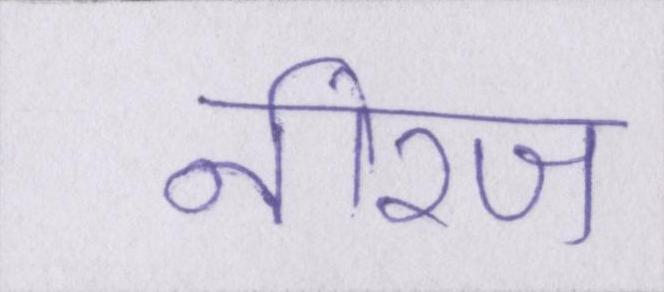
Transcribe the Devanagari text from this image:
नीरज